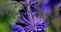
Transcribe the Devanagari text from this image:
युद्धउपन्यास